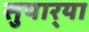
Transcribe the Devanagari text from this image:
सुपार्‍या